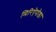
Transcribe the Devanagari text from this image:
मिरिऐपोडा